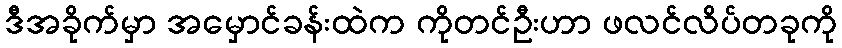
ဒီအခိုက်မှာ အမှောင်ခန်းထဲက ကိုတင်ဦးဟာ ဖလင်လိပ်တခုကို